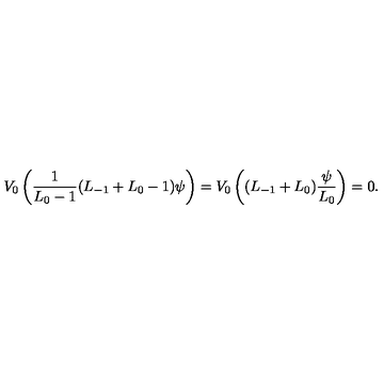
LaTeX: V _ { 0 } \left( { \frac { 1 } { L _ { 0 } - 1 } } ( L _ { - 1 } + L _ { 0 } - 1 ) \psi \right) = V _ { 0 } \left( ( L _ { - 1 } + L _ { 0 } ) { \frac { \psi } { L _ { 0 } } } \right) = 0 .